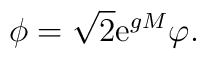
\phi =\sqrt{2}{\rm e}^{gM}\varphi .